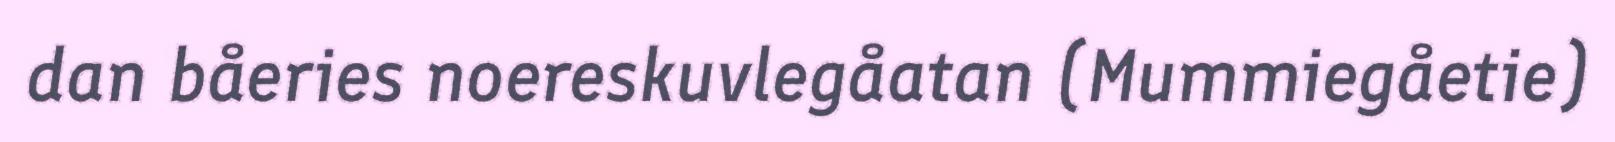
dan båeries noereskuvlegåatan (Mummiegåetie)